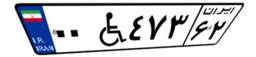
۲۱W۸۹۳۴۱